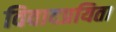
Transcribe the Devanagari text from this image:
विवादप्रयिता